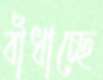
বাঁধাচ্ছে